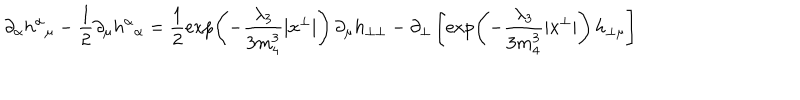
LaTeX: \partial _ { \alpha } h ^ { \alpha } { } _ { \mu } - \frac { 1 } { 2 } \partial _ { \mu } h ^ { \alpha } { } _ { \alpha } = \frac { 1 } { 2 } \exp \! \left( - \frac { \lambda _ { 3 } } { 3 m _ { 4 } ^ { 3 } } | x ^ { \perp } | \right) \partial _ { \mu } h _ { \perp \perp } - \partial _ { \perp } \left[ \exp \! \left( - \frac { \lambda _ { 3 } } { 3 m _ { 4 } ^ { 3 } } | x ^ { \perp } | \right) h _ { \perp \mu } \right]